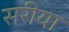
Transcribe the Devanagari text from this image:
सरीया